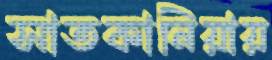
সাতকানিয়ায়